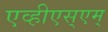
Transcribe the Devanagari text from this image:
एव्हीएस्एम्